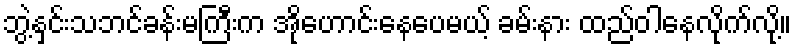
ဘွဲ့နှင်းသဘင်ခန်းမကြီးက အိုဟောင်းနေပေမယ့် ခမ်းနား ထည်ဝါနေလိုက်လို့။